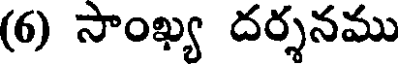
(6) సాంఖ్య దర్శనము